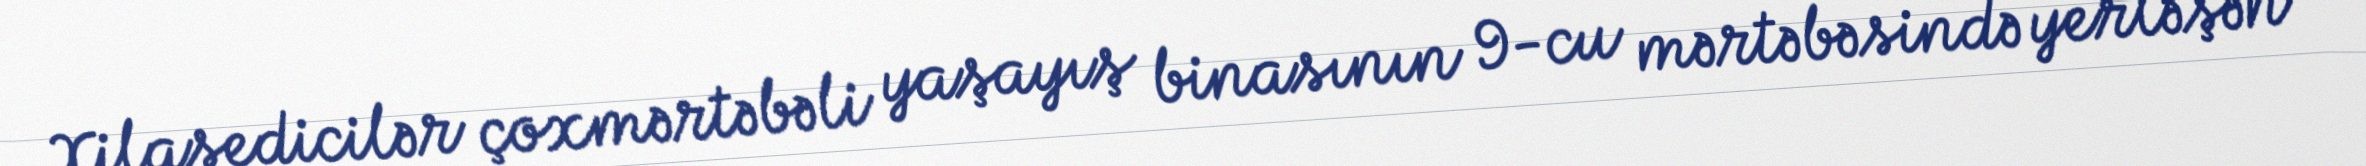
Xilasedicilər çoxmərtəbəli yaşayış binasının 9-cu mərtəbəsində yerləşən